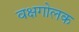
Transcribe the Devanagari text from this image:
वक्षगोलक